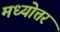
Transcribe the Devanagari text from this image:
मध्योत्तर